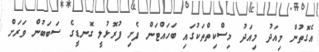
އެގޮތުން މިއަދު މިއަދު މިސްކިތްތަކުގައި ބަހައްޓަން ފެށި ފުރޮޅުލީ ގޮނޑީގެ ސަބަބުން ވަރަށް